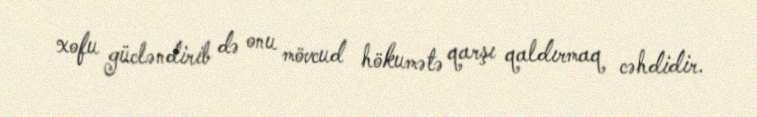
xofu gücləndirib də onu mövcud hökumətə qarşı qaldırmaq cəhdidir.